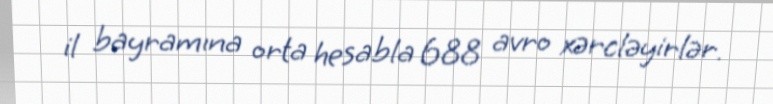
il bayramına orta hesabla 688 avro xərcləyirlər.